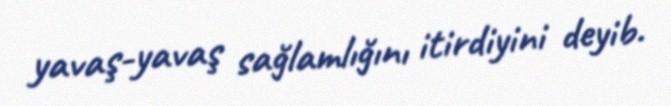
yavaş-yavaş sağlamlığını itirdiyini deyib.